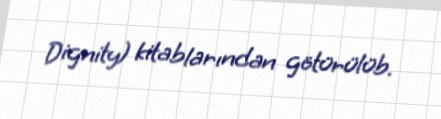
Dignity) kitablarından götürülüb.